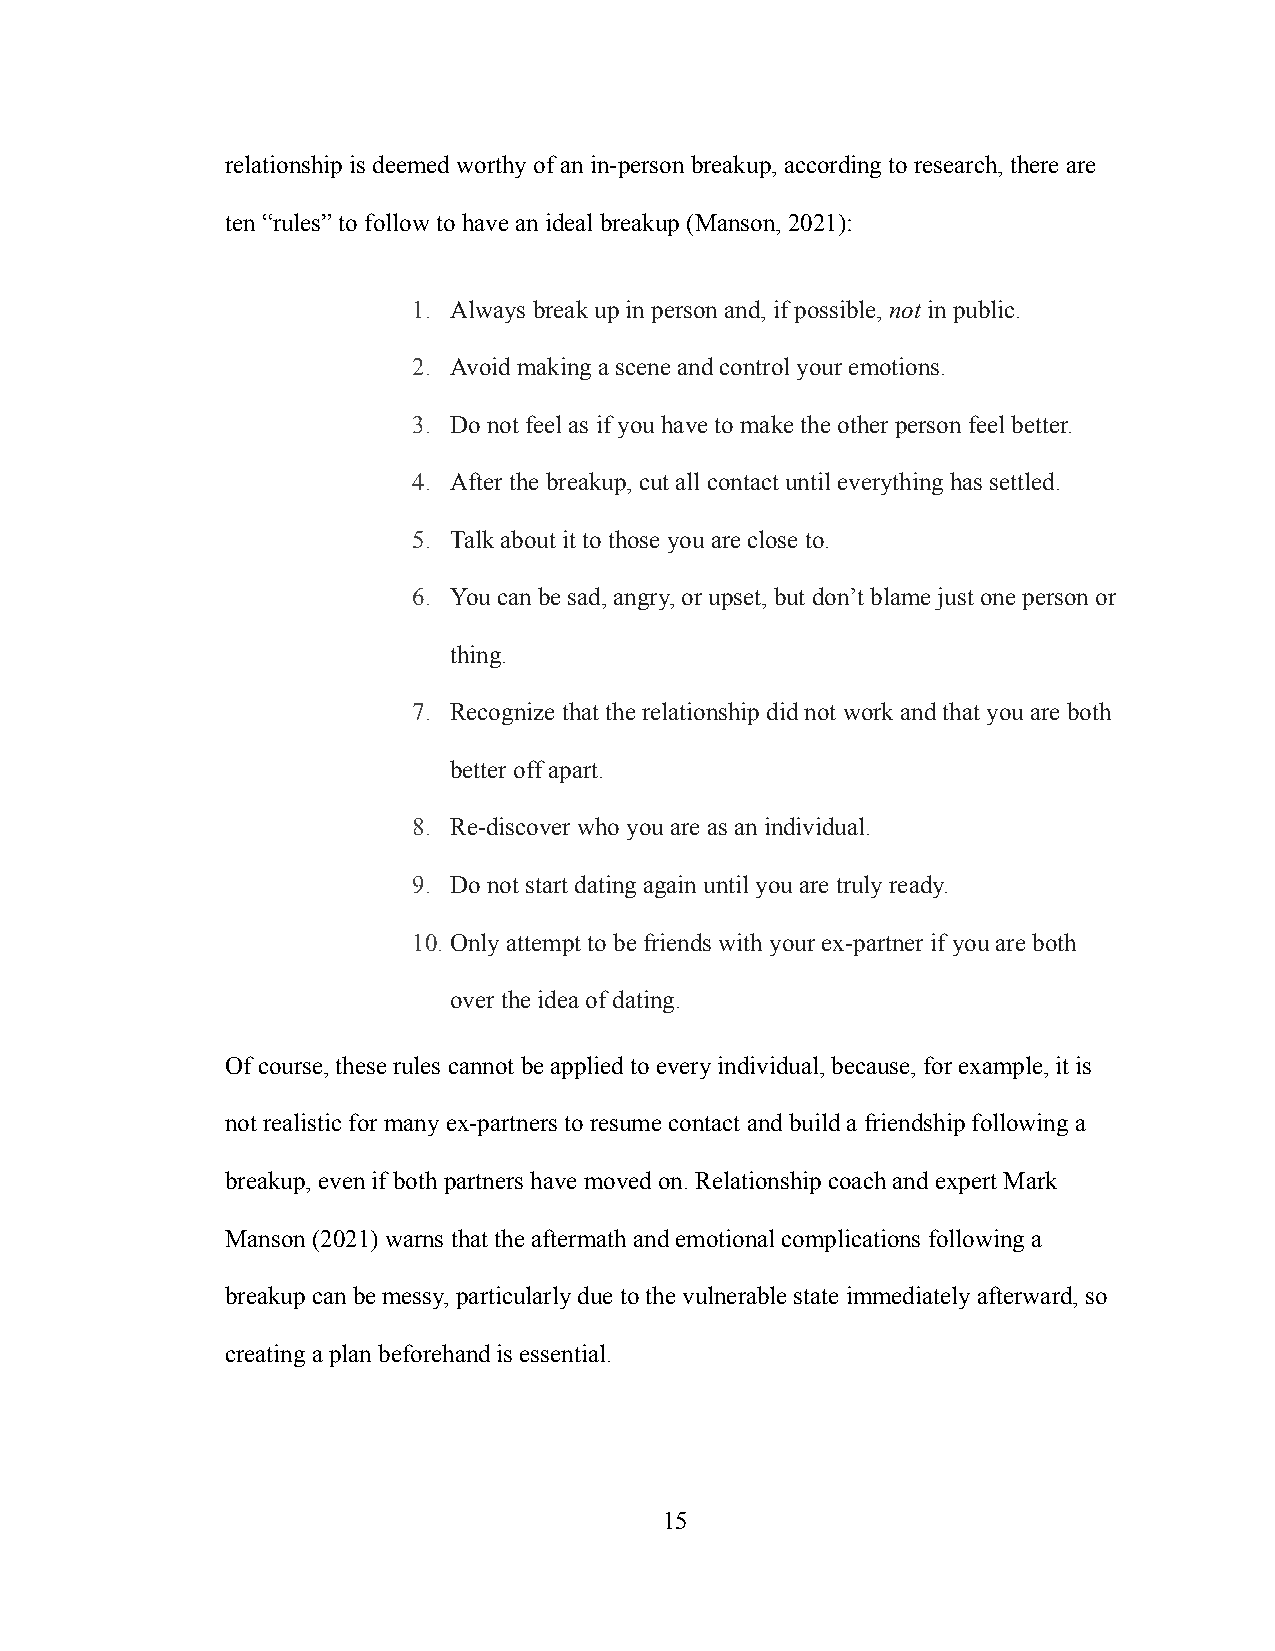
relationship is deemed worthy of an in-person breakup, according to research, there are
 ten “rules” to follow to have an ideal breakup (Manson, 2021):
 1. Always break up in person and, if possible, notinpublic.
 2. Avoid making a scene and control your emotions.
 3. Do not feel as if you have to make the other person feel better.
 4. After the breakup, cut all contact until everything has settled.
 5. Talk about it to those you are close to.
 6. You can be sad, angry, or upset, but don’t blame just one person or
 thing.
 7. Recognize that the relationship did not work and that you are both
 better off apart.
 8. Re-discover who you are as an individual.
 9. Do not start dating again until you are truly ready.
 10.Only attempt to be friends with your ex-partner if you are both
 over the idea of dating.
 Of course, these rules cannot be applied to every individual, because, for example, it is
 not realistic for many ex-partners to resume contact and build a friendship following a
 breakup, even if both partners have moved on. Relationship coach and expert Mark
 Manson (2021) warns that the aftermath and emotional complications following a
 breakup can be messy, particularly due to the vulnerable state immediately afterward, so
 creating a plan beforehand is essential.
 15